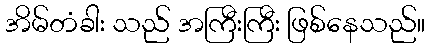
အိမ်တံခါး သည် အကြီးကြီး ဖြစ်နေသည်။